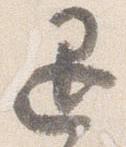
退